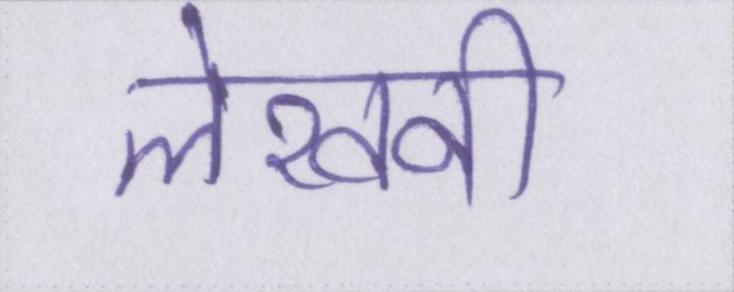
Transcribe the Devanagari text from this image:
लेखनी